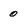
Character: 0